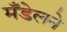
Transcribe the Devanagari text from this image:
मँडेलने